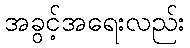
အခွင့်အရေးလည်း